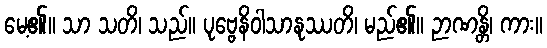
မေ့၏။ သာ သတိ၊ သည်။ ပုဗ္ဗေနိဝါသာနုဿတိ၊ မည်၏။ ဉာဏန္တိ၊ ကား။